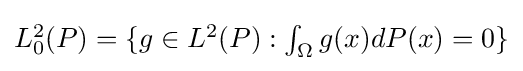
{\textstyle L_{0}^{2}(P)=\{g\in L^{2}(P):\int _{\Omega }g(x)dP(x)=0\}}